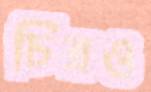
চিত্রও